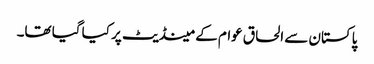
پاکستان سے الحاق عوام کے مینڈیٹ پر کیا گیا تھا۔